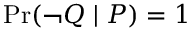
\operatorname* { P r } ( \lnot Q \mid P ) = 1